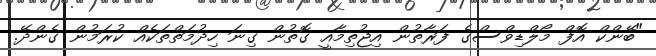
"ބޭންކް އޮފް މޯލްޑިވްސްގެ ފަރާތުން އިޖުތިމާއީ ގޮތުން ގިނަ ހިދުމަތްތަކެއް ކުރަމުން ގެންދޭ.